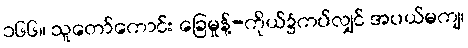
၁၆၆။ သူတော်ကောင်း ခြေမှုန့်-ကိုယ်၌ကပ်လျှင် အပယ်မကျ၊